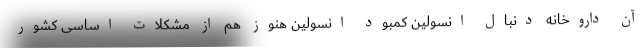
آن داروخانه دنبال انسولین کمبود انسولین هنوز هم از مشکلات اساسی کشور